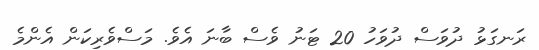
ރަނގަޅު ދުވަސް ދުވަހު 20 ޓަނު ވެސް ބާނަ އެވެ. މަސްވެރިކަން އެންމެ